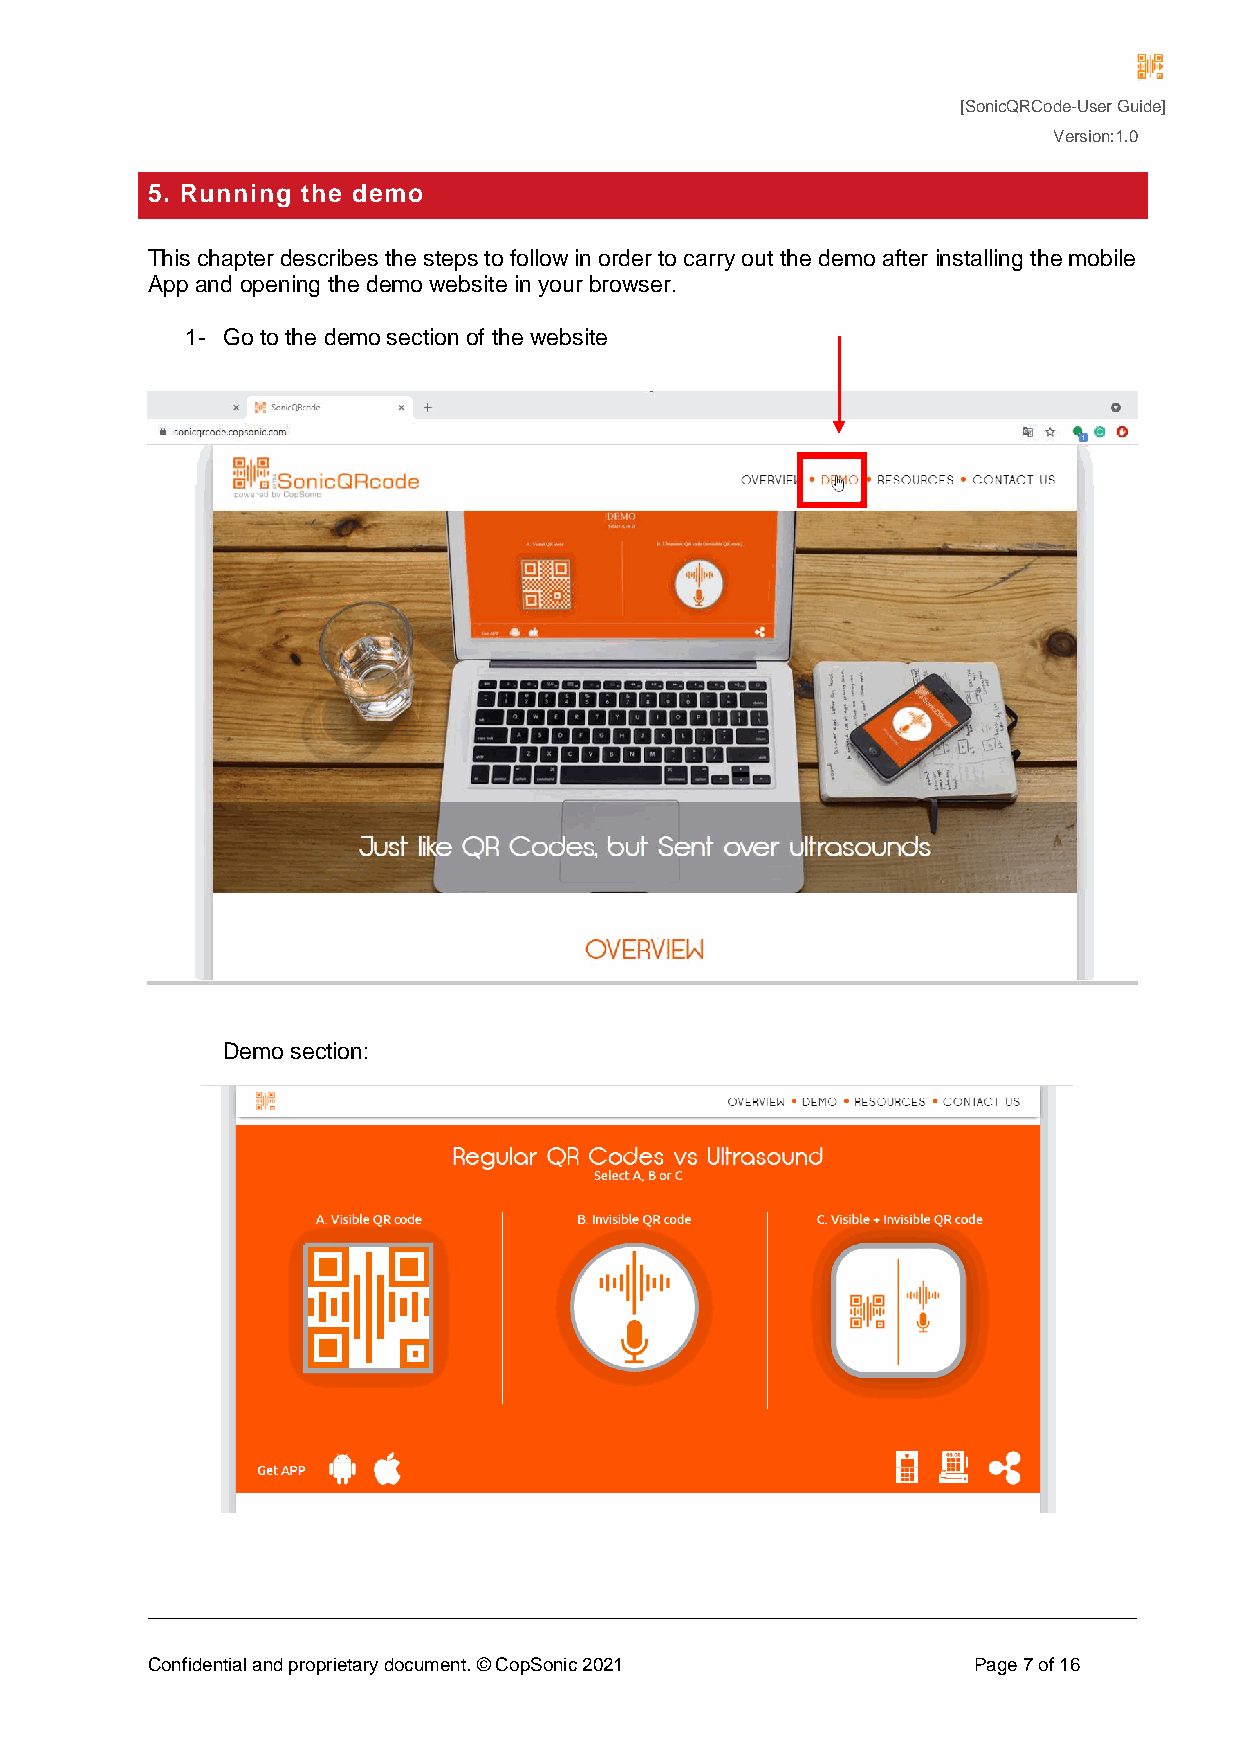
[SonicQRCode-User Guide]
 Version:1.0
 5. Running the demo
 This chapter describes the steps to follow in order to carry out the demo after installing the mobile
 App and opening the demo website in your browser.
 1- Go to the demo section of the website
 Demo section:
 Confidential and proprietary document. © CopSonic 2021 Page 7 of 16